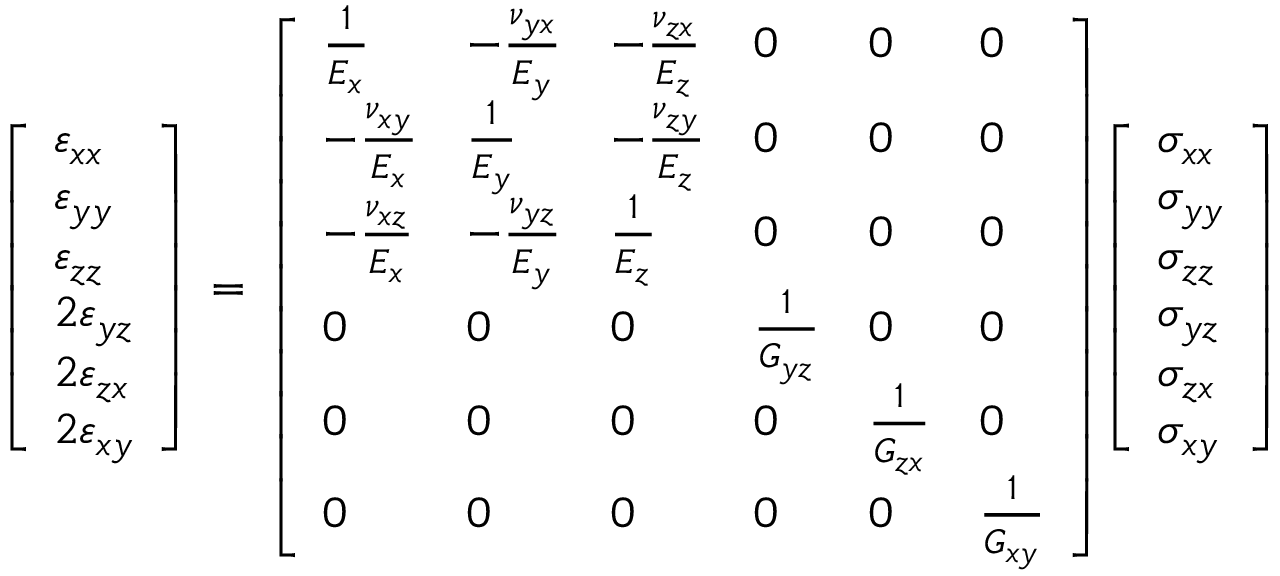
{ \left[ \begin{array} { l } { \varepsilon _ { x x } } \\ { \varepsilon _ { y y } } \\ { \varepsilon _ { z z } } \\ { 2 \varepsilon _ { y z } } \\ { 2 \varepsilon _ { z x } } \\ { 2 \varepsilon _ { x y } } \end{array} \right] } \, = \, { \left[ \begin{array} { l l l l l l } { { \frac { 1 } { E _ { x } } } } & { - { \frac { \nu _ { y x } } { E _ { y } } } } & { - { \frac { \nu _ { z x } } { E _ { z } } } } & { 0 } & { 0 } & { 0 } \\ { - { \frac { \nu _ { x y } } { E _ { x } } } } & { { \frac { 1 } { E _ { y } } } } & { - { \frac { \nu _ { z y } } { E _ { z } } } } & { 0 } & { 0 } & { 0 } \\ { - { \frac { \nu _ { x z } } { E _ { x } } } } & { - { \frac { \nu _ { y z } } { E _ { y } } } } & { { \frac { 1 } { E _ { z } } } } & { 0 } & { 0 } & { 0 } \\ { 0 } & { 0 } & { 0 } & { { \frac { 1 } { G _ { y z } } } } & { 0 } & { 0 } \\ { 0 } & { 0 } & { 0 } & { 0 } & { { \frac { 1 } { G _ { z x } } } } & { 0 } \\ { 0 } & { 0 } & { 0 } & { 0 } & { 0 } & { { \frac { 1 } { G _ { x y } } } } \end{array} \right] } { \left[ \begin{array} { l } { \sigma _ { x x } } \\ { \sigma _ { y y } } \\ { \sigma _ { z z } } \\ { \sigma _ { y z } } \\ { \sigma _ { z x } } \\ { \sigma _ { x y } } \end{array} \right] }